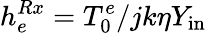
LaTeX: h_{e}^{Rx}=T_{0}^{e}/jk\eta Y_{\mathrm{in}}